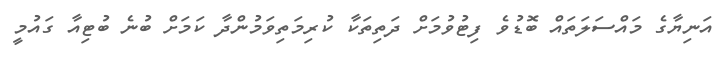
އަނިޔާގެ މައްސަލަތައް ބޮޑުވެ ފިޓުވުމަށް ދަތިތަކާ ކުރިމަތިވަމުންދާ ކަމަށް ބުނެ ބުޓިއާ ގައުމީ